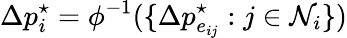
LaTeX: \Delta p_{i}^{\star}=\phi^{-1}(\{ \Delta p_{e_{ij}}^{\star}:j\in\mathcal{N}_{i}\} )